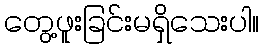
တွေ့ဖူးခြင်းမရှိသေးပါ။